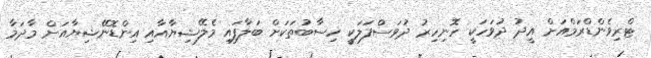
ޓްރިވެންޑްރަމްއަށް އީދު ދުވަހަކީ ހޮނިހިރު ދުވަސްފަލަކީ ހިސާބުތަކަށް ބަލާފައި މެލޭޝިޔާއާއި އިންޑޮނޭޝިޔާއަށް މާދަމާ